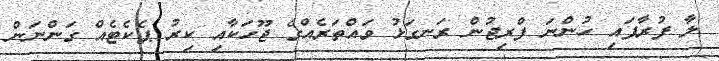
ލާ ފުރާފައި ހުންނަ ފްރިޖުން ރަނގަޅު ވައްތަރެއްގެ ޖޫހަކާއި ކިރު ޕެކެޓެއް ގަންނަން